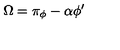
\Omega = \pi _ { \phi } - \alpha \phi ^ { \prime }